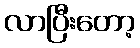
လာပြီးတော့